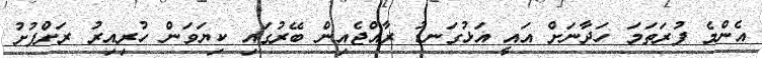
އެންމެ ފުރަތަމަ ހަދާނަށް އައީ އަޅުގަނޑު ރާއްޖެއިން ބޭރުގައި ކިޔަވަން ހުރިއިރު ރަށްފުށު